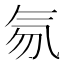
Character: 𰚽